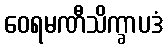
ဝေရမဏီသိက္ခာပဒံ